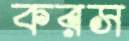
করস